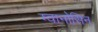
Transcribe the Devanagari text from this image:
ग्वानोसिन